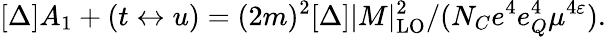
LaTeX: [\Delta]A_{1}+(t\leftrightarrow u)=(2m)^{2}[\Delta]|M|_{\mathrm{LO}}^{2}/(N_{C}e^{4}e_{Q}^{4}\mu^{4\varepsilon}).